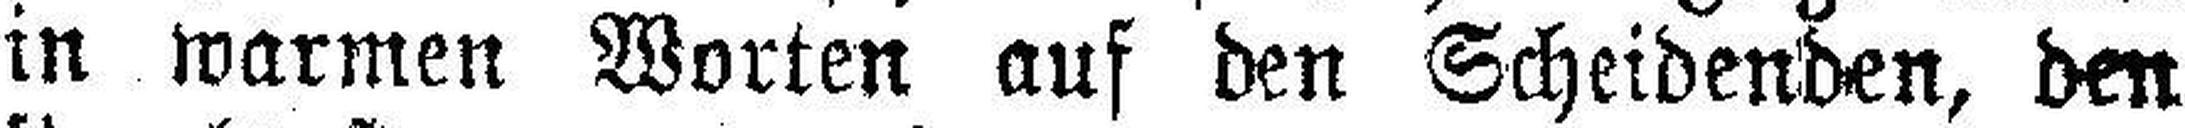
in warmen Worten auf den Scheidenden, den